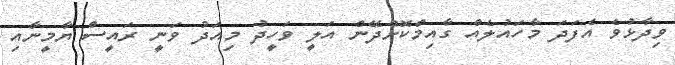
ވިދާޅުވެ އެފަދަ މާހައުލެއް ގާއިމްކޮށްދޭން އަލީ ވަހީދު މިއަދު ވަނީ ރައީސް ޔާމީނާއި